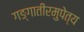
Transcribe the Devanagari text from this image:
गङ्गातीरमुपेत्य